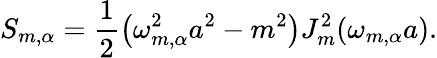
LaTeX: S_{m,\alpha}=\frac{1}{2}\left(\omega_{m,\alpha}^{2}a^{2}-m^{2}\right)J_{m}^{2}(\omega_{m,\alpha}a).